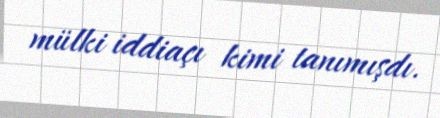
mülki iddiaçı kimi tanımışdı.